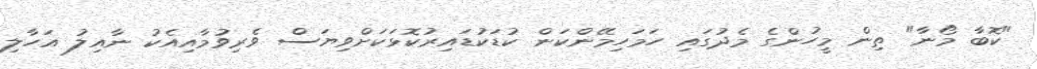
"ކޮބާ މޯނާ" ތިން މީހުންގެ މެދުގައި ހަމަހިމޭންކަން ކުޑަކުޑައިރުކޮޅަކަށްވިޔަސް ވެރިވުމާއިއެކު ނާއިލު އަހާލި